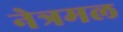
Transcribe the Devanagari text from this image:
नेत्रमल